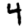
Digit: 4